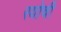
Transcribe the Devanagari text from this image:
रयोची